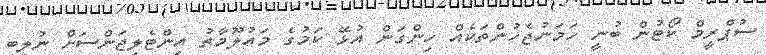
ސުޕްރީމް ކޯޓުން ބުނީ ހަމަނުޖެހުންތަކެއް ހިންގަން އުޅޭ ކަމުގެ މައުލޫމާތު އިންޓެލިޖަންސަށް ނުލިބި